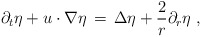
\begin{align*} \partial_t \eta + u\cdot\nabla\eta \,=\, \Delta \eta + \frac{2}{r}\partial_r\eta~,\end{align*}